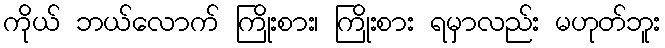
ကိုယ် ဘယ်လောက် ကြိုးစား၊ ကြိုးစား ရမှာလည်း မဟုတ်ဘူး